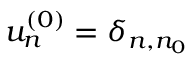
u _ { n } ^ { ( 0 ) } = \delta _ { n , n _ { 0 } }